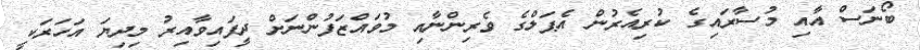
ބޯނަސް އާއި މުސާރައިގެ ކުރިއެރުން އެޕަލްގެ ވެރިންނާއި މުވައްޒަފުންނަށް ދީފައިވާއިރު މިދިޔަ އަހަރަކީ